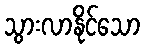
သွားလာနိုင်သော